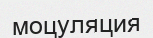
моцуляция